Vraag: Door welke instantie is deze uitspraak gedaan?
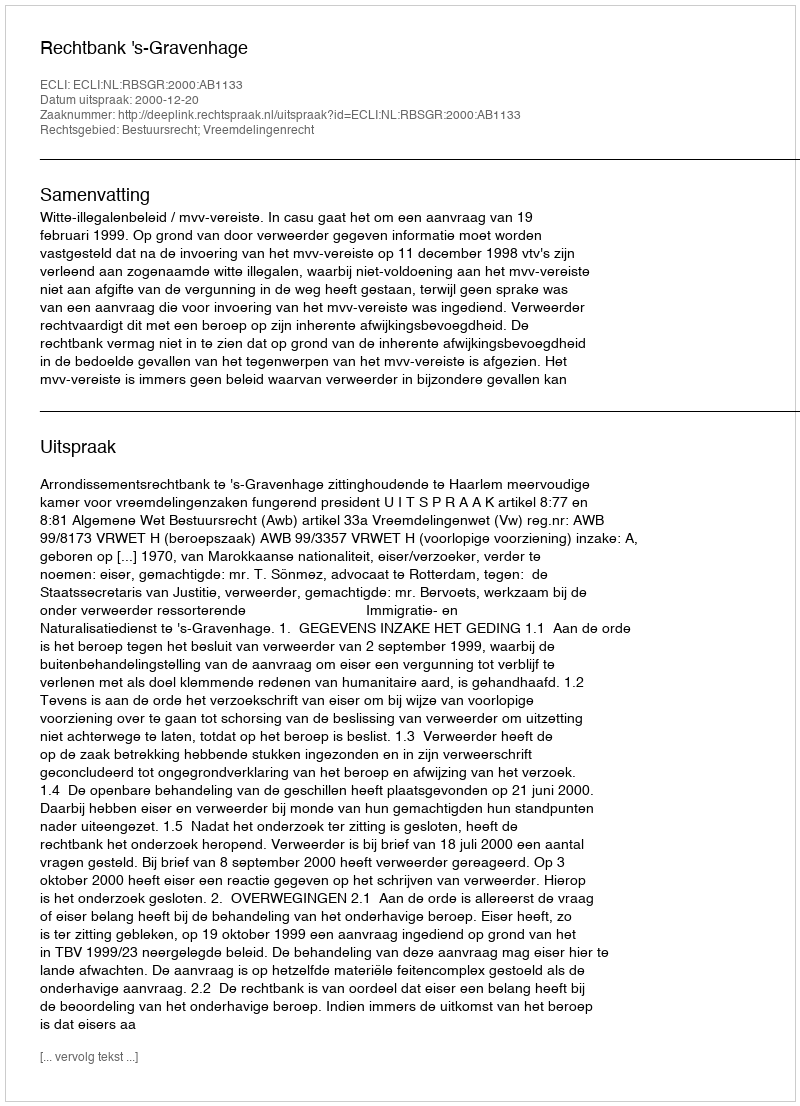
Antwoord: Rechtbank 's-Gravenhage